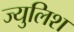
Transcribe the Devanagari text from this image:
ज्युलिश